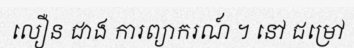
លឿន ជាង ការព្យាករណ៍ ។ នៅ ជម្រៅ